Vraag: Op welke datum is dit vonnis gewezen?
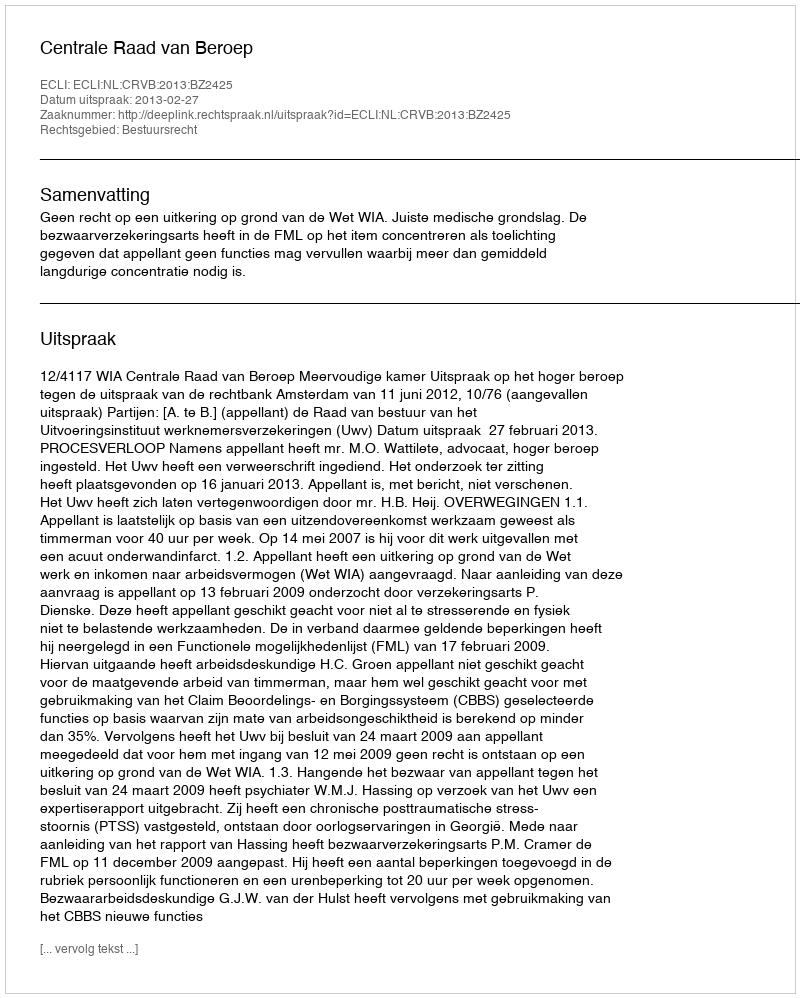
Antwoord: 2013-02-27